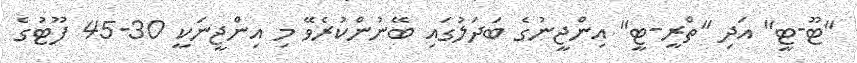
"ޓޫ-ޓީ" އަދި "ތްރީ-ޓީ" އިންޖީނުގެ ބަދަލުގައި ބޭނުންކުރެވޭ މި އިންޖީނަކީ 30-45 ފޫޓުގެ